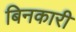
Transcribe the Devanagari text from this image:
बिनकारी